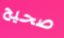
صحيح